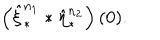
LaTeX: \left( \hat { \xi } _ { \ast } ^ { n _ { 1 } } \ast \hat { \eta } _ { \ast } ^ { n _ { 2 } } \right) ( 0 ) .